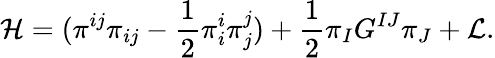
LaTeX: {\cal{H}}=(\pi^{ij}\pi_{ij}-\frac{1}{2}\pi_{i}^{i}\pi_{j}^{j})+\frac{1}{2}\pi_{I}G^{IJ}\pi_{J}+{\cal{L}}.